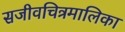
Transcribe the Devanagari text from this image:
सजीवचित्रमालिका